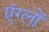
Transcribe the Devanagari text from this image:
एंग्लों